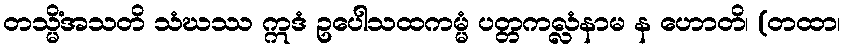
တသ္မိံအသတိ သံဃဿ ဣဒံ ဥပေါသထကမ္မံ ပတ္တကလ္လံနာမ န ဟောတိ၊ (တထာ၊